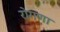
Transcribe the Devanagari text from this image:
रोगणा